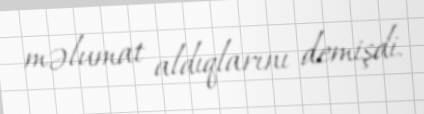
məlumat aldıqlarını demişdi.